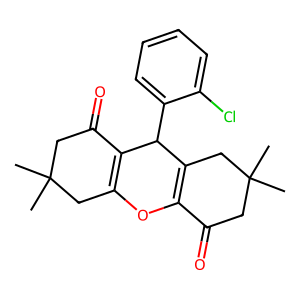
SMILES: CC1(C)CC(=O)C2=C(C1)OC1=C(CC(C)(C)CC1=O)C2c1ccccc1Cl
Inhibits HIV replication: No